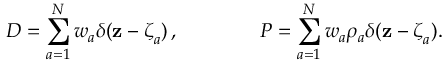
D = \sum _ { a = 1 } ^ { N } w _ { a } \delta ( { \mathbf { z } } - { \boldsymbol { \zeta } } _ { a } ) \, , \qquad \qquad { \cal P } = \sum _ { a = 1 } ^ { N } w _ { a } \rho _ { a } \delta ( { \mathbf { z } } - { \boldsymbol { \zeta } } _ { a } ) .